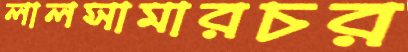
লালসামারচর